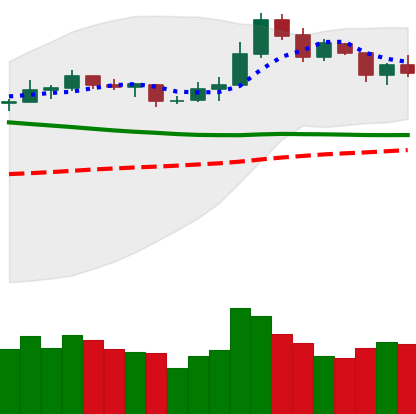
Ticker: NEO-USD
Chart end date: 2019-11-20
Forward return: -20.932%
Label: down_7plus